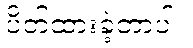
ပိတ်ထားခဲ့တာပါ။